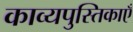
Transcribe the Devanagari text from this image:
काव्यपुस्तिकाएँ